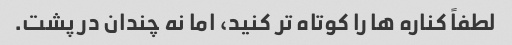
لطفاً کناره ها را کوتاه تر کنید، اما نه چندان در پشت.